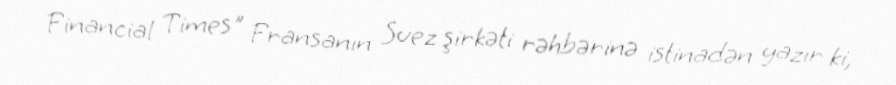
Financial Times" Fransanın Suez şirkəti rəhbərinə istinadən yazır ki,